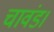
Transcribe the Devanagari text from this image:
चावंड।